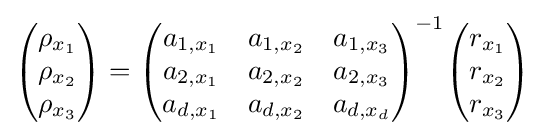
{\begin{pmatrix}\rho _{x_{1}}\\\rho _{x_{2}}\\\rho _{x_{3}}\end{pmatrix}}={\begin{pmatrix}a_{1,x_{1}}&a_{1,x_{2}}&a_{1,x_{3}}\\a_{2,x_{1}}&a_{2,x_{2}}&a_{2,x_{3}}\\a_{d,x_{1}}&a_{d,x_{2}}&a_{d,x_{d}}\end{pmatrix}}^{-1}{\begin{pmatrix}r_{x_{1}}\\r_{x_{2}}\\r_{x_{3}}\end{pmatrix}}